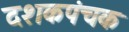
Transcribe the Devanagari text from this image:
दशकपंचक